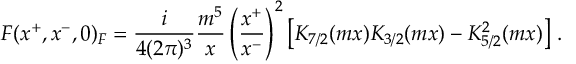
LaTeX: F ( x ^ { + } , x ^ { - } , 0 ) _ { F } = \frac { i } { 4 ( 2 \pi ) ^ { 3 } } \frac { m ^ { 5 } } { x } \left( \frac { x ^ { + } } { x ^ { - } } \right) ^ { 2 } \left[ K _ { 7 / 2 } ( m x ) K _ { 3 / 2 } ( m x ) - K _ { 5 / 2 } ^ { 2 } ( m x ) \right] \, .